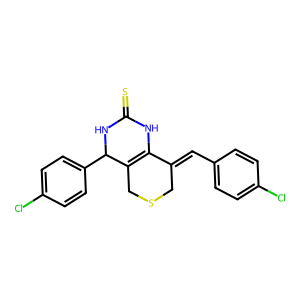
SMILES: S=C1NC2=C(CSCC2=Cc2ccc(Cl)cc2)C(c2ccc(Cl)cc2)N1
Inhibits HIV replication: No